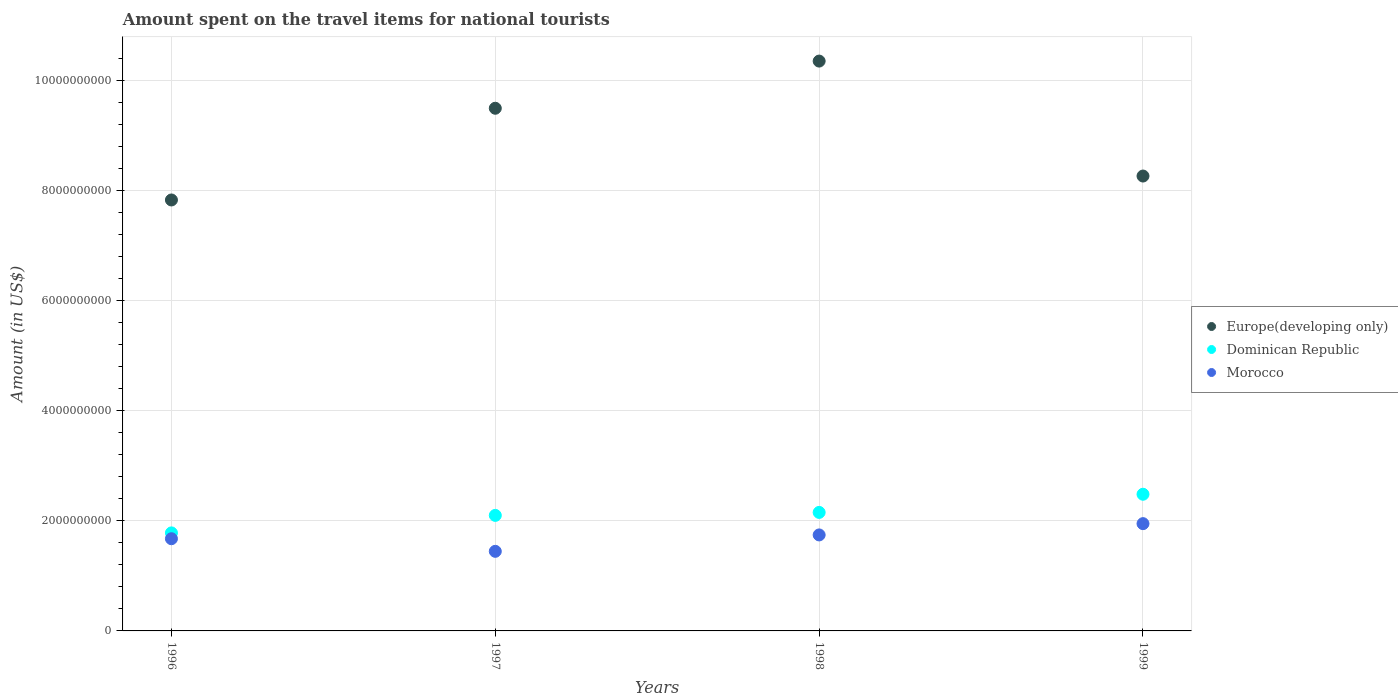
| Years | Europe(developing only) | Dominican Republic | Morocco |
 | --- | --- | --- | --- |
 | 1996 | 7.83e+09 | 1.78e+09 | 1.68e+09 |
 | 1997 | 9.5e+09 | 2.1e+09 | 1.45e+09 |
 | 1998 | 1.04e+10 | 2.15e+09 | 1.74e+09 |
 | 1999 | 8.26e+09 | 2.48e+09 | 1.95e+09 |